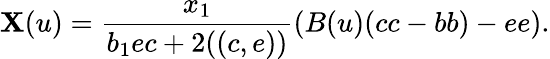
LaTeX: \mathbf{X}(u)=\frac{{x_{1}}}{{b_{1}ec+2((c,e))}}(B(u)(cc-bb)-ee).